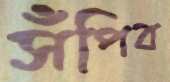
সঁপিব